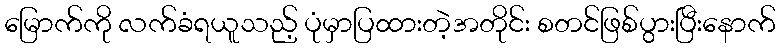
မြောက်ကို လက်ခံရယူသည့် ပုံမှာပြထားတဲ့အတိုင်း စတင်ဖြစ်ပွားပြီးနောက်